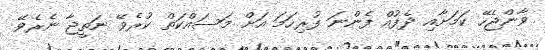
ވާންޖެހޭ ކަމަށާއި ދެފުއް ފެންނަ ފުރިހަމަ އަށް މަސައްކަތް ކުރެވޭ ނަތީޖާ ނެރެވޭ